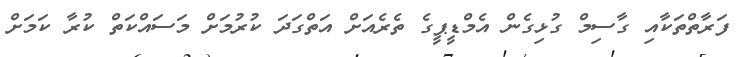
ފަރާތްތަކާއި ގާސިމް ގުޅިގެން އެމްޑީޕީގެ ތެރެއަށް އަތްގަދަ ކުރުމަށް މަސައްކަތް ކުރާ ކަމަށް